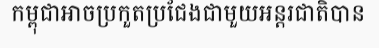
កម្ពុជាអាចប្រកួតប្រជែងជាមួយអន្តរជាតិបាន